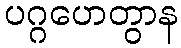
ပဂ္ဂဟေတွာန